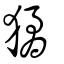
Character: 獝